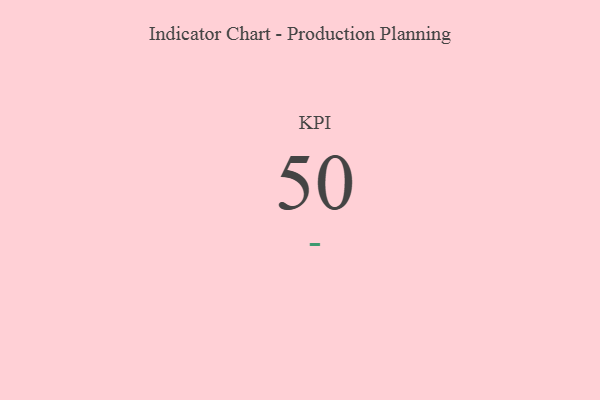
{"axis": {"x": "KPI", "y": "Value"}, "legend": [""], "data": [{"x": "KPI", "y": 50, "type": ""}]}